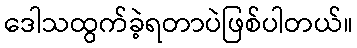
ဒေါသထွက်ခဲ့ရတာပဲဖြစ်ပါတယ်။